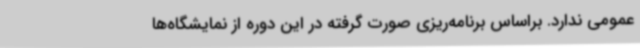
عمومی ندارد. براساس برنامه‌ریزی صورت گرفته در این دوره از نمایشگاه‌ها